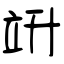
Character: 竔